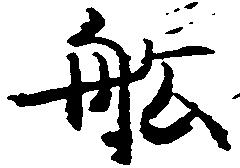
船